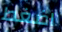
اضغط